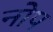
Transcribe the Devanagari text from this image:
नोप